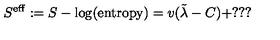
S ^ { \mathrm { e f f } } : = S - \log ( \mathrm { e n t r o p y } ) = v ( \tilde { \lambda } - C ) + ? ? ?